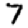
Digit: 7